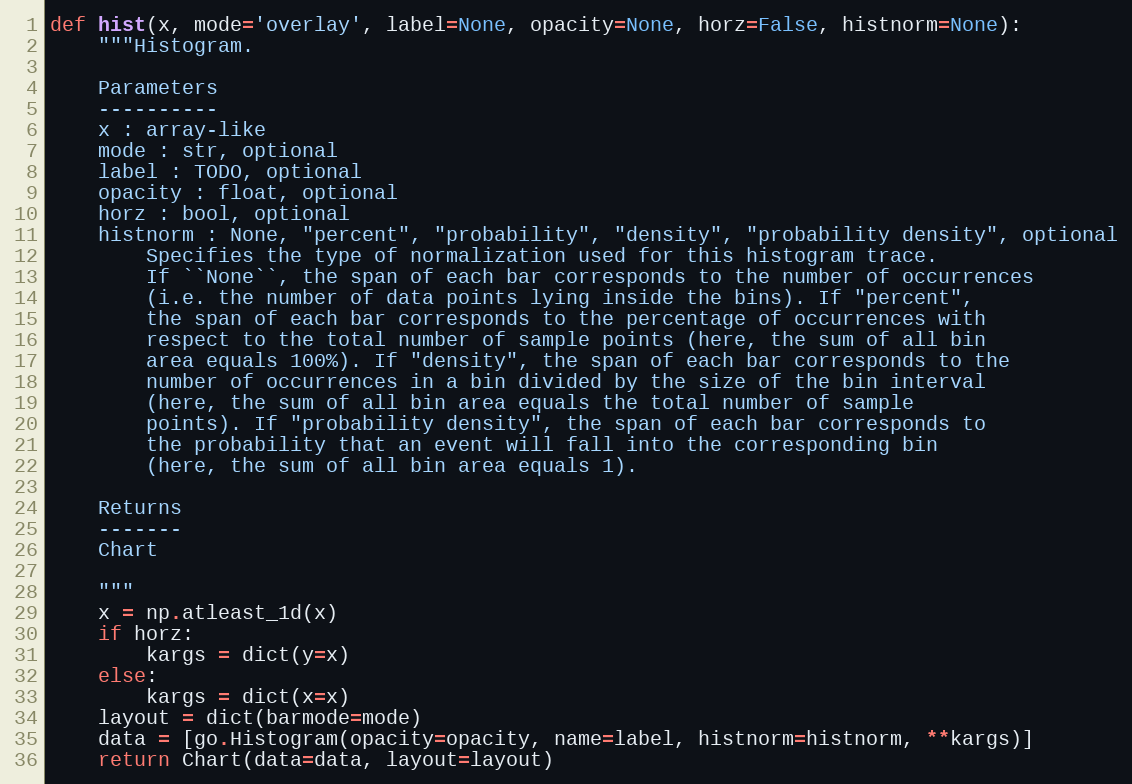
Language: Python
def hist(x, mode='overlay', label=None, opacity=None, horz=False, histnorm=None):
    """Histogram.

    Parameters
    ----------
    x : array-like
    mode : str, optional
    label : TODO, optional
    opacity : float, optional
    horz : bool, optional
    histnorm : None, "percent", "probability", "density", "probability density", optional
        Specifies the type of normalization used for this histogram trace.
        If ``None``, the span of each bar corresponds to the number of occurrences
        (i.e. the number of data points lying inside the bins). If "percent",
        the span of each bar corresponds to the percentage of occurrences with
        respect to the total number of sample points (here, the sum of all bin
        area equals 100%). If "density", the span of each bar corresponds to the
        number of occurrences in a bin divided by the size of the bin interval
        (here, the sum of all bin area equals the total number of sample
        points). If "probability density", the span of each bar corresponds to
        the probability that an event will fall into the corresponding bin
        (here, the sum of all bin area equals 1).

    Returns
    -------
    Chart

    """
    x = np.atleast_1d(x)
    if horz:
        kargs = dict(y=x)
    else:
        kargs = dict(x=x)
    layout = dict(barmode=mode)
    data = [go.Histogram(opacity=opacity, name=label, histnorm=histnorm, **kargs)]
    return Chart(data=data, layout=layout)